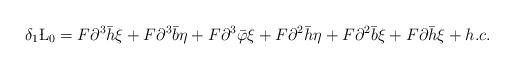
LaTeX: \begin{align*}\delta_1\L_0=F\partial^3\bar h\xi+F\partial^3\bar b\eta+F\partial^3\bar\varphi\xi+F\partial^2\bar h\eta+F\partial^2\bar b\xi+F\partial\bar h\xi+h.c.\end{align*}